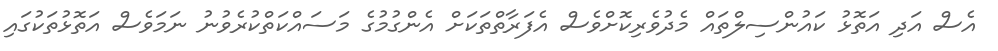
އެސް އަދި އަތޮޅު ކައުންސިލްތައް މެދުވެރިކޮށްވެސް އެފަރާތްތަކަށް އެންގުމުގެ މަސައްކަތްކުރެވުނު ނަމަވެސް އަތޮޅުތަކުގައި